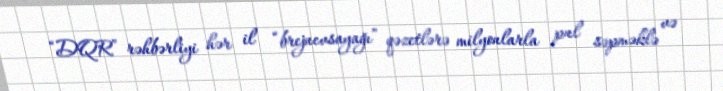
“DQR” rəhbərliyi hər il “brejnevsayağı” qəzetlərə milyonlarla pul səpməklə və